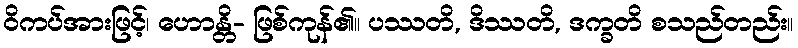
ဝိကပ်အားဖြင့်၊ ဟောန္တိ- ဖြစ်ကုန်၏။ ပဿတိ, ဒိဿတိ, ဒက္ခတိ စသည်တည်း။